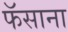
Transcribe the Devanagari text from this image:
फॅसाना